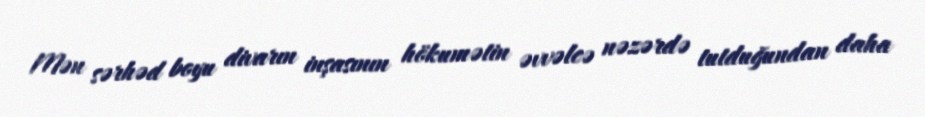
Mən sərhəd boyu divarın inşasının hökumətin əvvəlcə nəzərdə tutduğundan daha